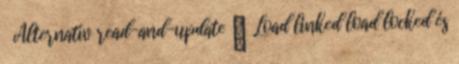
Alternatív read-and-update ● Load linked load locked és